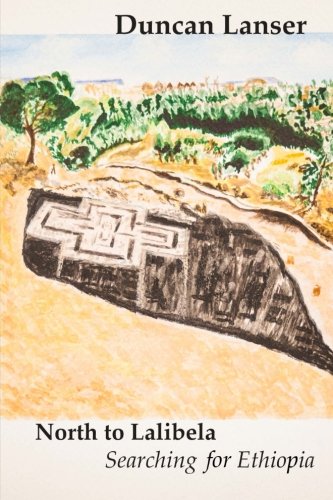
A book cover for North to Lalibela: Searching for Ethiopia (Travels with Edgar) (Volume 1); Duncan E Lanser; Travel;